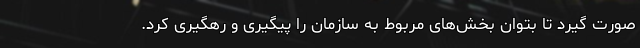
صورت گیرد تا بتوان بخش‌های مربوط به سازمان را پیگیری و رهگیری کرد.